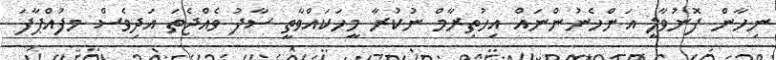
ނިހާން ފޮނުވާލީ އަންހެނުންނައް އިހުތިރާމް ނުކުރާ މީހަކައްވާތީ ސާފު ވެއްޖެތަ އަދިވެސް މފުއްޕާފަ